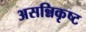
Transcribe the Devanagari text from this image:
असन्निकृष्ट